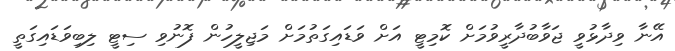
އޭނާ ވިދާޅުވީ ޖަވާބުދާރީވުމަށް ކޮމިޓީ އަށް ވަޑައިގަތުމަށް މަޖިލީހުން ފޮނުވި ސިޓީ ލިބިވަޑައިގަތީ